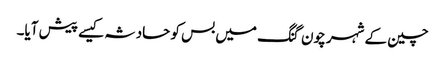
چین کے شہر چون گنگ میں بس کو حادثہ کیسے پیش آیا۔